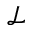
\mathcal { L }